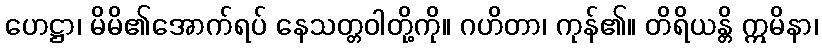
ဟေဋ္ဌာ၊ မိမိ၏အောက်ရပ် နေသတ္တဝါတို့ကို။ ဂဟိတာ၊ ကုန်၏။ တိရိယန္တိ ဣမိနာ၊